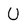
Character: U